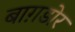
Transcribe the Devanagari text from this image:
बाग़डोर